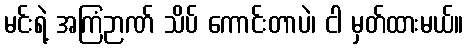
မင်းရဲ့ အကြံဉာဏ် သိပ် ကောင်းတာပဲ၊ ငါ မှတ်ထားမယ်။